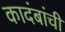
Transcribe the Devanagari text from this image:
कादंबांची